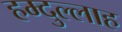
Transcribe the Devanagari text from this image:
हम्दुल्लाह